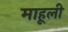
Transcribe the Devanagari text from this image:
माहूली